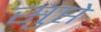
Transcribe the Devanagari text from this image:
सुप्ते